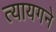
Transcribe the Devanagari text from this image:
त्यायगने